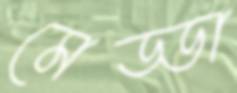
মেড্ডা